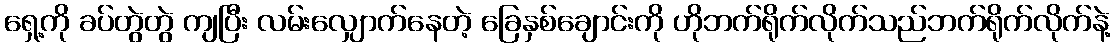
ရှေ့ကို ခပ်တွဲတွဲ ကျပြီး လမ်းလျှောက်နေတဲ့ ခြေနှစ်ချောင်းကို ဟိုဘက်ရိုက်လိုက်သည်ဘက်ရိုက်လိုက်နဲ့